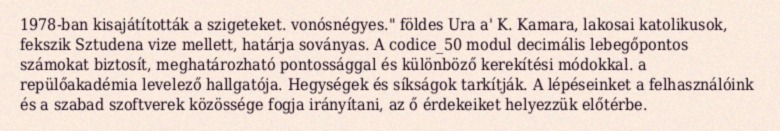
1978-ban kisajátították a szigeteket. vonósnégyes." földes Ura a' K. Kamara, lakosai katolikusok, fekszik Sztudena vize mellett, határja soványas. A codice_50 modul decimális lebegőpontos számokat biztosít, meghatározható pontossággal és különböző kerekítési módokkal. a repülőakadémia levelező hallgatója. Hegységek és síkságok tarkítják. A lépéseinket a felhasználóink és a szabad szoftverek közössége fogja irányítani, az ő érdekeiket helyezzük előtérbe.